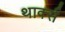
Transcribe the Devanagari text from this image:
थार्क्स